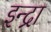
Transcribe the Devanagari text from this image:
इन्द्रा